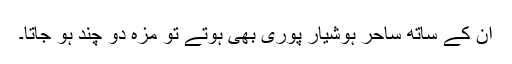
ان کے ساتھ ساحر ہوشیار پوری بھی ہوتے تو مزہ دو چند ہو جاتا۔